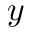
y